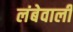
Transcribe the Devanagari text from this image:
लंबेवाली